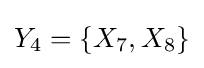
Y_{4}=\{X_{7},X_{8}\}